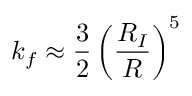
k _ { f } \approx \frac { 3 } { 2 } \left( \frac { R _ { I } } { R } \right) ^ { 5 }